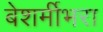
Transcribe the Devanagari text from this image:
बेशर्मीभरा